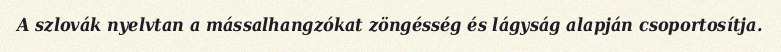
A szlovák nyelvtan a mássalhangzókat zöngésség és lágyság alapján csoportosítja.